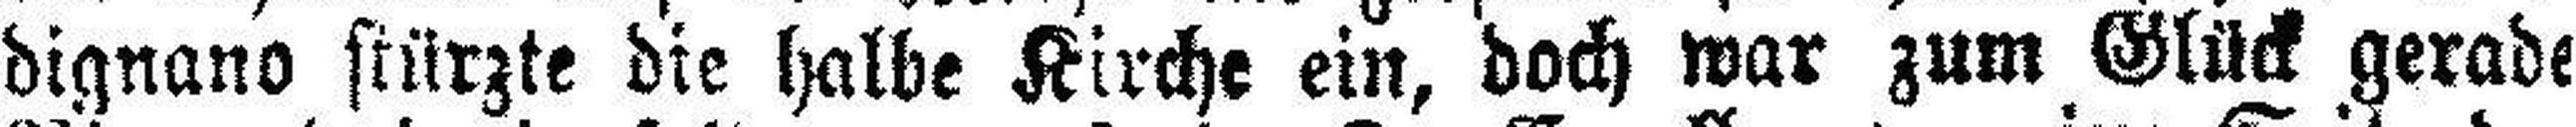
dignano stürzte die halbe Kirche ein, doch war zum Glück gerade